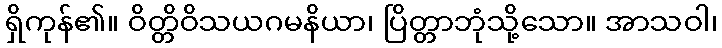
ရှိကုန်၏။ ဝိတ္တိဝိသယဂမနိယာ၊ ပြိတ္တာဘုံသို့သော။ အာသဝါ၊